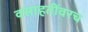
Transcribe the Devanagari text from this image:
वसाहतींवरच